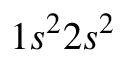
1 s ^ { 2 } 2 s ^ { 2 }